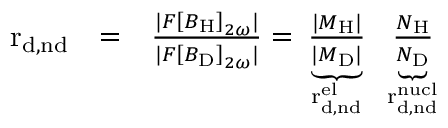
\begin{array} { r l r } { \mathrm { r _ { d , n d } } } & { = } & { \frac { | { \cal F } \left[ B _ { \mathrm { H } } \right] _ { 2 \omega } | } { | { \cal F } \left[ B _ { \mathrm { D } } \right] _ { 2 \omega } | } = \underbrace { \frac { | M _ { \mathrm { H } } | } { | M _ { \mathrm { D } } | } } _ { \mathrm { ~ \mathrm { r ^ { e l } _ { d , n d } } ~ } } \underbrace { \frac { N _ { \mathrm { H } } } { N _ { \mathrm { D } } } } _ { \mathrm { ~ \mathrm { r ^ { n u c l } _ { d , n d } } ~ } } } \end{array}